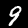
Digit: 9